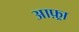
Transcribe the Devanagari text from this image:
आफ़्रा